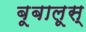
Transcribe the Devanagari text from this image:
बूबालूस्